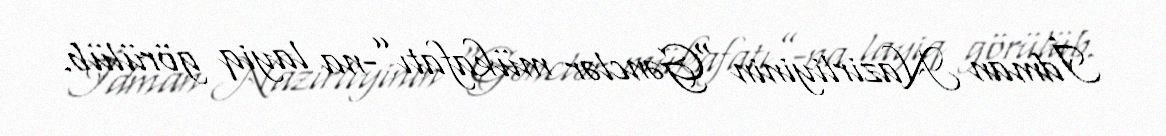
İdman Nazirliyinin “Gənclər mükafatı”-na layiq görülüb.